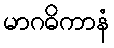
မာဂဓိကာနံ